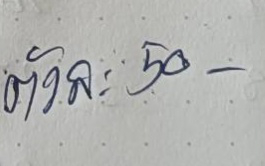
ตัวละ 50 -